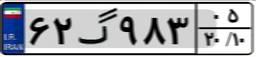
۶۲گ۹۸۳۰۵